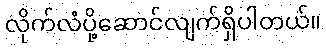
လိုက်လံပို့ဆောင်လျက်ရှိပါတယ်။